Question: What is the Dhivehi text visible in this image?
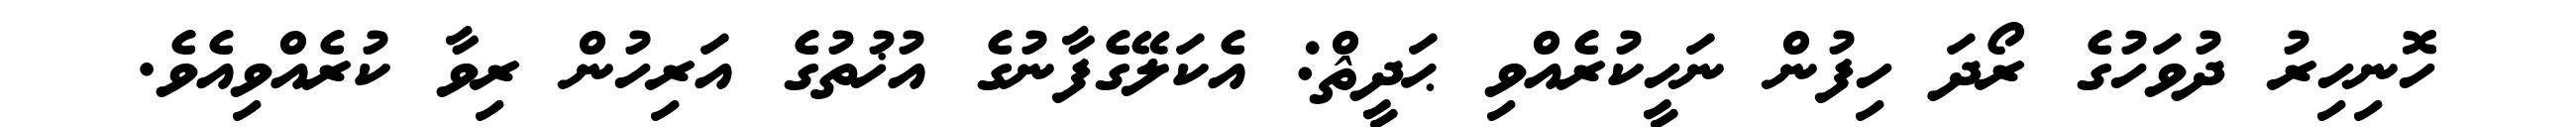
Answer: ހޮނިހިރު ދުވަހުގެ ރޯދަ ހިފުން ނަހީކުރެއްވި ޙަދީޘް: އެކަލޭގެފާނުގެ އުޚުތުގެ އަރިހުން ރިވާ ކުރެއްވިއެވެ.